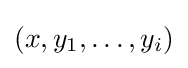
(x,y_{1},\dots ,y_{i})